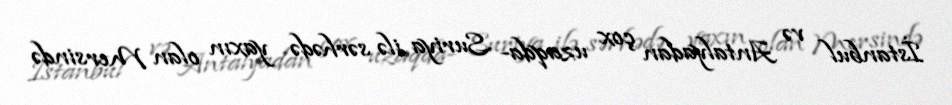
İstanbul və Antalyadan çox uzaqda- Suriya ilə sərhədə yaxın olan Mersində